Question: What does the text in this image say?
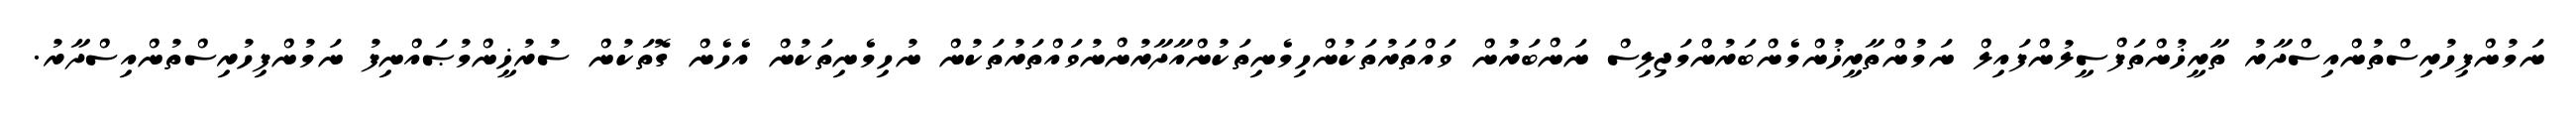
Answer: ނަމުންފިހުރިސްތުންއިސްދާރު ތާރީޚުންތަފްސީލުންފައިލް ނަމުންތާރީޚުންމެންބަރުންމަޖިލިސް ނަންބަރުން ވައްތަރުތަކުންހިމެނިތަކުންއާދާރުންނުވައްތަރުތަކުން ނުހިމެނިތަކުން އެހެން ގޮތަކުން ސުރުޚީންމުޞައްނިފު ނަމުންފިހުރިސްތުންއިސްދާރު.